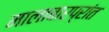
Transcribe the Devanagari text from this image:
मालाबारप्रांत